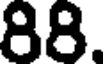
88.